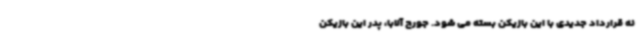
نه قرارداد جدیدی با این بازیکن بسته می شود. جورج آلابا، پدر این بازیکن